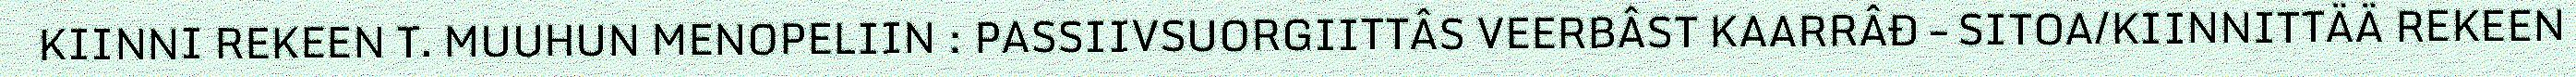
KIINNI REKEEN T. MUUHUN MENOPELIIN : PASSIIVSUORGIITTÂS VEERBÂST KAARRÂĐ – SITOA/KIINNITTÄÄ REKEEN